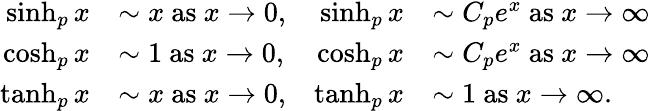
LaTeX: \begin{array}{rlrl}{\sinh_{p}x}&{\sim x\mathrm{~as~}x\rightarrow 0,}&{\sinh_{p}x}&{\sim C_{p}e^{x}\mathrm{~as~}x\rightarrow\infty}\\ {\cosh_{p}x}&{\sim 1\mathrm{~as~}x\rightarrow 0,}&{\cosh_{p}x}&{\sim C_{p}e^{x}\mathrm{~as~}x\rightarrow\infty}\\ {\operatorname{tanh}_{p}x}&{\sim x\mathrm{~as~}x\rightarrow 0,}&{\operatorname{tanh}_{p}x}&{\sim 1\mathrm{~as~}x\rightarrow\infty.}\end{array}